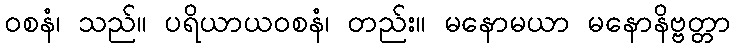
ဝစနံ၊ သည်။ ပရိယာယဝစနံ၊ တည်း။ မနောမယာ မနောနိဗ္ဗတ္တာ